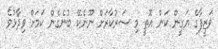
ވަޒީފާގެ ޔަގީން ކަން އޮތީ މި ސަރުކާރަށް ނޫނެކޭ ބުނެގެން ކަމަށް ވިދާޅުވެ